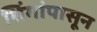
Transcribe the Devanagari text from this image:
शिंगांपासून